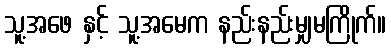
သူ့အဖေ နှင့် သူ့အမေက နည်းနည်းမျှမကြိုက်။